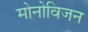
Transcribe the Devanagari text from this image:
मोनोविजन